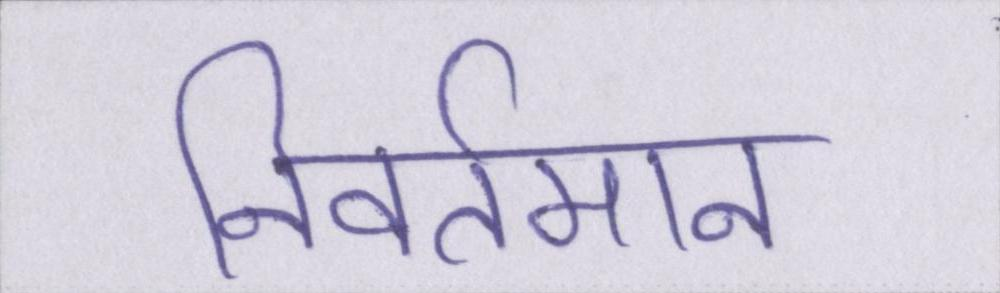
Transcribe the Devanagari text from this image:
निवर्तमान